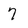
Character: 7